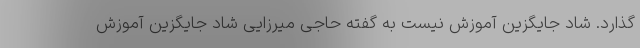
گذارد. شاد جایگزین آموزش نیست به گفته حاجی میرزایی شاد جایگزین آموزش